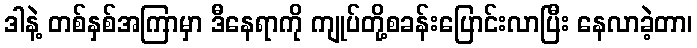
ဒါနဲ့ တစ်နှစ်အကြာမှာ ဒီနေရာကို ကျုပ်တို့စခန်းပြောင်းလာပြီး နေလာခဲ့တာ၊